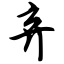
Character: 弃